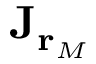
\mathbf { J } _ { \mathbf { r } _ { M } }